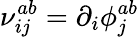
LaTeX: \nu_{ij}^{ab}=\partial_{i}\phi_{j}^{ab}